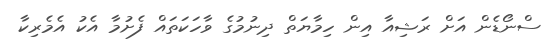
ސްނޯޑެން އަށް ރަޝިއާ އިން ހިމާޔަތް ދިނުމުގެ ވާހަކަތައް ފެށުމާ އެކު އެމެރިކާ